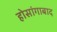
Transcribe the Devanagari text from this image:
होसांगाबाद